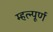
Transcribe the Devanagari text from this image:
म्हत्न्पूर्ण